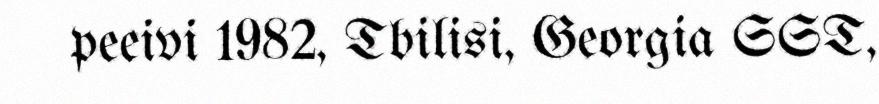
peeivi 1982, Tbilisi, Georgia SST,